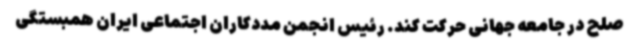
صلح در جامعه جهانی حرکت کند. رئیس انجمن مددکاران اجتماعی ایران همبستگی